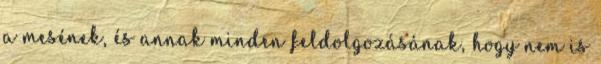
a mesének, és annak minden feldolgozásának, hogy nem is